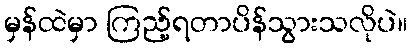
မှန်ထဲမှာ ကြည့်ရတာပိန်သွားသလိုပဲ။